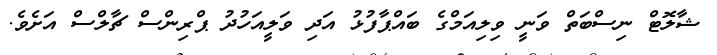
ޝާލޮޓް ނިސްބަތް ވަނީ ވިލިއަމްގެ ބައްޕާފުޅު އަދި ވަލީއަހުދު ޕްރިންސް ޗާލްސް އަށެވެ.